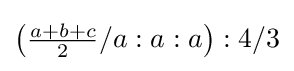
\left({\tfrac {a+b+c}{2}}/a:a:a\right):4/3